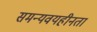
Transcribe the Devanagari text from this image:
समन्यवयहीनता